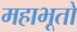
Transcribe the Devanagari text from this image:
महाभूतो